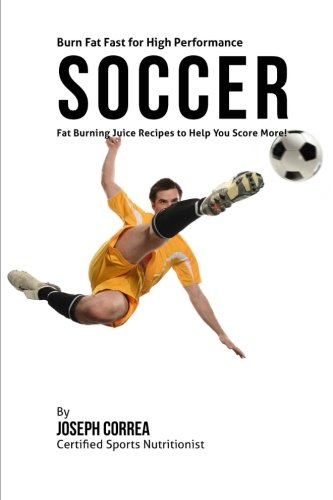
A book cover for Burn Fat Fast for High Performance Soccer: Fat Burning Juice Recipes to Help You Score More!; Joseph Correa (Certified Sports Nutritionist); Sports & Outdoors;